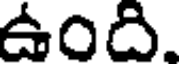
ఉంది.